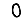
Digit: 0